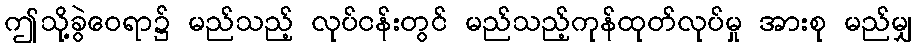
ဤသို့ခွဲဝေရာ၌ မည်သည့် လုပ်ငန်းတွင် မည်သည့်ကုန်ထုတ်လုပ်မှု အားစု မည်မျှ